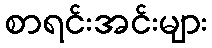
စာရင်းအင်းများ